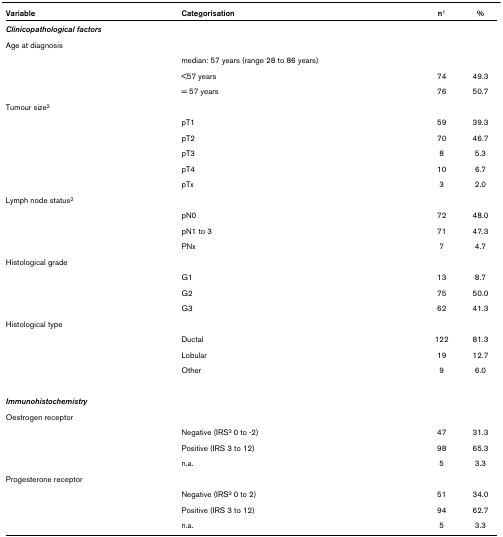
| Variable | Categorisation | n1 | % |
 | --- | --- | --- | --- |
 | Clinicopathological factors |  |  |  |
 | Age at diagnosis |  |  |  |
 |  | median: 57 years (range 28 to 86 years) |  |  |
 |  | <57 years | 74 | 49.3 |
 |  | = 57 years | 76 | 50.7 |
 | Tumour size2 |  |  |  |
 |  | pT1 | 59 | 39.3 |
 |  | pT2 | 70 | 46.7 |
 |  | pT3 | 8 | 5.3 |
 |  | pT4 | 10 | 6.7 |
 |  | pTx | 3 | 2.0 |
 | Lymph node status2 |  |  |  |
 |  | pN0 | 72 | 48.0 |
 |  | pN1 to 3 | 71 | 47.3 |
 |  | PNx | 7 | 4.7 |
 | Histological grade |  |  |  |
 |  | G1 | 13 | 8.7 |
 |  | G2 | 75 | 50.0 |
 |  | G3 | 62 | 41.3 |
 | Histological type |  |  |  |
 |  | Ductal | 122 | 81.3 |
 |  | Lobular | 19 | 12.7 |
 |  | Other | 9 | 6.0 |
 | Immunohistochemistry |  |  |  |
 | Oestrogen receptor |  |  |  |
 |  | Negative (IRS3 0 to -2) | 47 | 31.3 |
 |  | Positive (IRS 3 to 12) | 98 | 65.3 |
 |  | n.a. | 5 | 3.3 |
 | Progesterone receptor |  |  |  |
 |  | Negative (IRS3 0 to 2) | 51 | 34.0 |
 |  | Positive (IRS 3 to 12) | 94 | 62.7 |
 |  | n.a. | 5 | 3.3 |